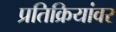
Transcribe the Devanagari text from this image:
प्रतिक्रियांवर